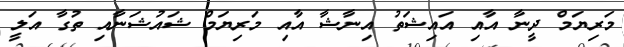
މަރިޔަމް ދީނާ އާއި އައިޝަތު އިނާޝާ އާއި މަރިޔަމް ޝައުޝަނާއި ތުގާ އަލީ